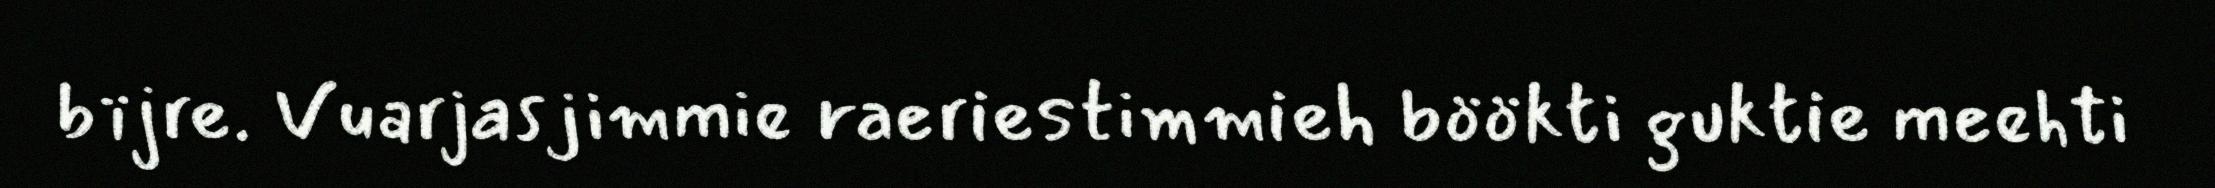
bïjre. Vuarjasjimmie raeriestimmieh böökti guktie meehti